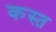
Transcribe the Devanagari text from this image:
कस्त